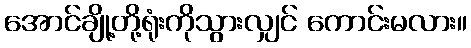
အောင်ချို့တို့ရုံးကိုသွားလျှင် ကောင်းမလား။